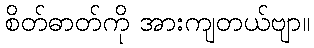
စိတ်ဓာတ်ကို အားကျတယ်ဗျာ။